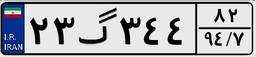
۴۷گ۶۹۹۶۹